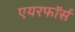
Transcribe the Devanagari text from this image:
एयरफॉर्स